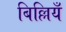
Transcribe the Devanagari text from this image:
बिल्लियँ